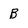
Character: B